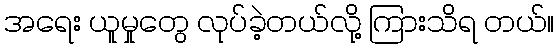
အရေး ယူမှုတွေ လုပ်ခဲ့တယ်လို့ ကြားသိရ တယ်။